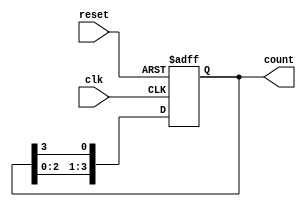
module ring_counter #(parameter N = 4) (
    input wire clk,      // Clock input
    input wire reset,    // Asynchronous reset
    output reg [N-1:0] count // Output representing the current state
);

    // Initialize count to 1 (state 0) on reset
    always @(posedge clk or posedge reset) begin
        if (reset) begin
            count <= 1; // Reset state to 000...001 (active first flip-flop)
        end else begin
            count <= {count[N-2:0], count[N-1]}; // Shift the '1' to the left
        end
    end

endmodule